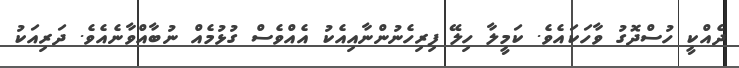
ދެއްކީ ހުސްދޮގު ވާހަކައެވެ. ކަމީލާ ހިލޭ ފިރިހެނުންނާއިއެކު އެއްވެސް ގުޅުމެއް ނުބާއްވާނެއެވެ. ދަރިއަކު